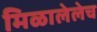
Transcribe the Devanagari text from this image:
मिळालेलेच